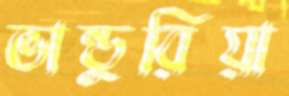
ভান্ডুরিয়া